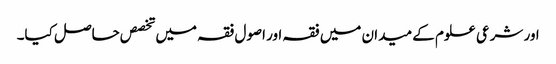
اور شرعی علوم کے میدان میں فقہ اور اصول فقہ میں تخصص حاصل کیا۔